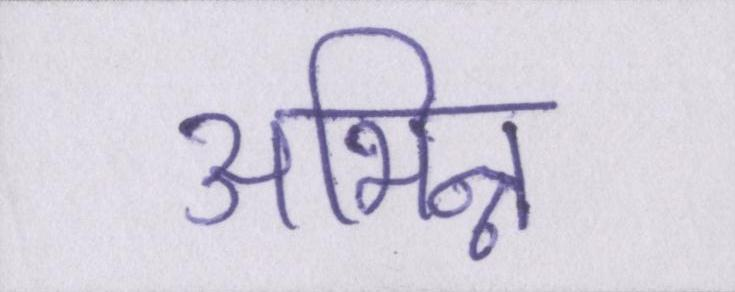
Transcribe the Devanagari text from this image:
अभिन्न